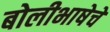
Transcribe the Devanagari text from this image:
बोलीभाषेचे